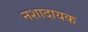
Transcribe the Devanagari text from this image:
नशादायक